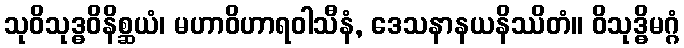
သုဝိသုဒ္ဓဝိနိစ္ဆယံ၊ မဟာဝိဟာရဝါသီနံ, ဒေသနာနယနိဿိတံ။ ဝိသုဒ္ဓိမဂ္ဂံ